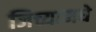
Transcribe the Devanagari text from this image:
जिच्यामधे